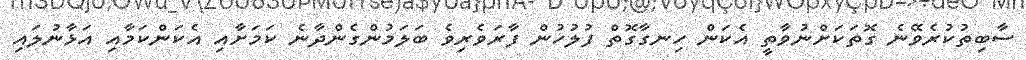
ސާބިތުކުރެވޭނެ ގޮތަކަށްނުވާތީ އެކަން ހިނގާގޮތް ފުލުހުން ފާރަވެރިވެ ބަލަމުންގެންދާނެ ކަަމަށާއި އެކަންކަމާއި އަޅާނުލައި